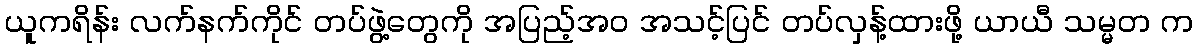
ယူကရိန်း လက်နက်ကိုင် တပ်ဖွဲ့တွေကို အပြည့်အဝ အသင့်ပြင် တပ်လှန့်ထားဖို့ ယာယီ သမ္မတ က